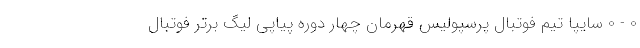
0 - 0 سایپا تیم فوتبال پرسپولیس قهرمان چهار دوره پیاپی لیگ برتر فوتبال